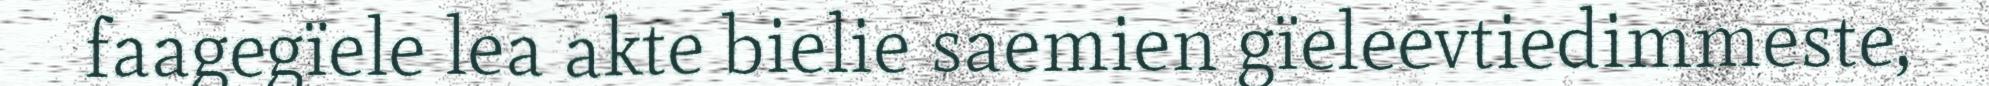
faagegïele lea akte bielie saemien gïeleevtiedimmeste,